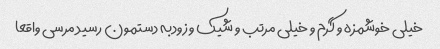
خیلی خوشمزه و گرم و خیلی مرتب و شیک و زودبه دستمون رسید مرسی واقعا